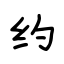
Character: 约